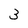
Character: 3